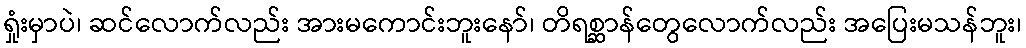
ရှုံးမှာပဲ၊ ဆင်လောက်လည်း အားမကောင်းဘူးနော်၊ တိရစ္ဆာန်တွေလောက်လည်း အပြေးမသန်ဘူး၊